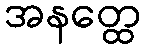
အနတ္ထေ